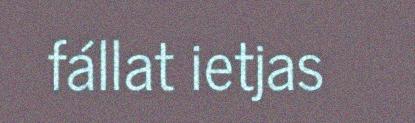
fállat ietjas